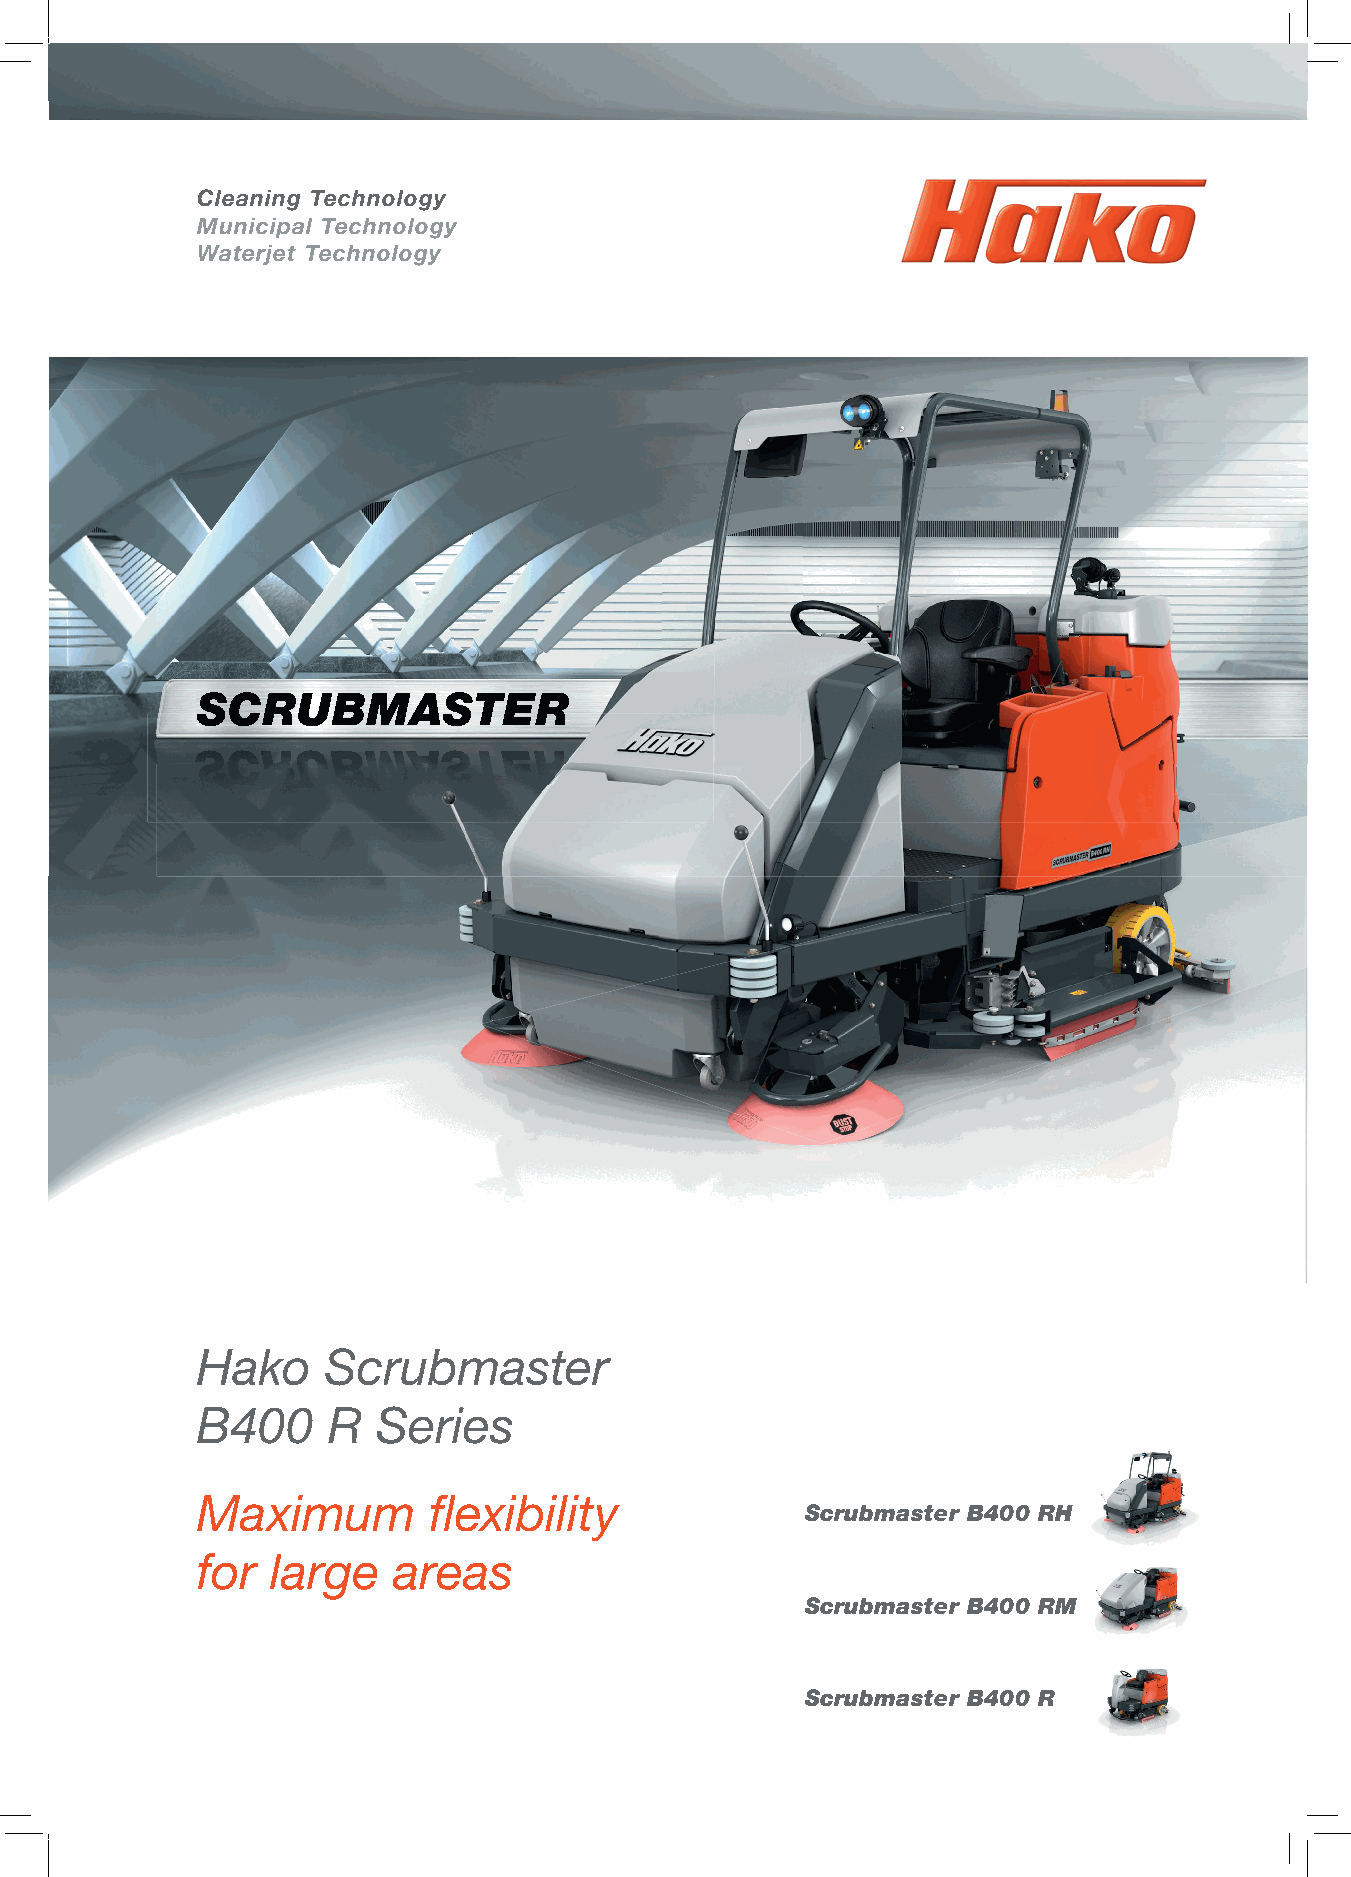
Cleaning Technology
 Municipal Technology
 Waterjet Technology
 SSSCCCRRRUUUBBBMMMAAASSSTTTEEERRR
 Hako    Scrubmaster
 B400     R  Series
 Maximum        fl exibility
 Scrubmaster B400 RH
 for  large   areas
 Scrubmaster B400 RM
 Scrubmaster B400 R
 SS CC RR UU BB MM AA SS TT EE RR